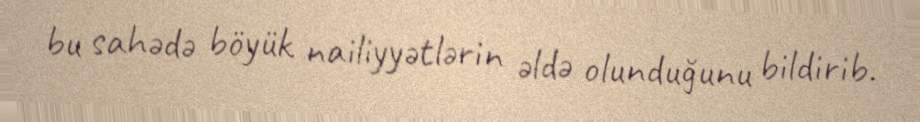
bu sahədə böyük nailiyyətlərin əldə olunduğunu bildirib.